Reports on military cantonments and civil stations in the Presidency of Bombay inspected by the Sanitary Commissioner in the years 1875 and 1876
Year: 1875
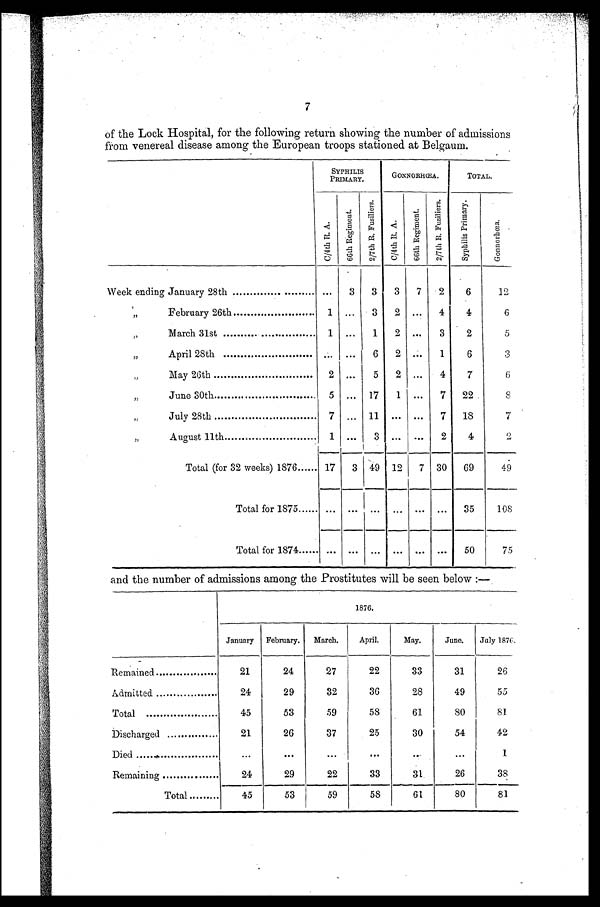
7
of the Lock Hospital, for the following return showing the number of admissions
from venereal disease among the European troops stationed at Belgaum.
SYPHIL
IS
PRIMARY.
GONNORHŒA.
TOTAL.
C/4th R. A.
6 6 t h R e g i m e n t .
2 / 7 t h R . F u s i l i e r s .
C/ 4t h R. A.
6 6 t h R e g i m e n t .
2 / 7 t h R . F u s i l i e r s .
S y p h i l i s P r i m a r y .
Gonnorhœa.
Week ending January 28th
. . .
3
3
3
7
2
6
12
,,
February 26th
1 ... 3 2
...
4
4
6
, ,
March 31st
1
...
1
2
. . .
3
2
5
, ,
April 28th
... ...
6
2 ...
1
6
3
,,
May 26th
2 ...
5
2 ...
4
7
6
, ,
June 30th
5 ...
17
1
...
7
22
8
,,
July 28th
7
...
11
...
...
7
18
7
, ,
August 11th
1
. . .
3
. . .
. . .
2
4
2
Total (for 32 weeks) 1876...... 17
3 49 12
7 30
69
49
Total for 1875............
... ...
...
...
... ...
35
108
Total for 1874......
... ... ... ...
...
. . .
50
75
and the number of admissions among the Prostitutes will be seen below :—
1876.
January
February.
March.
April.
May.
June.
July 1876,
Remained
21
24
27
22
33
31
26
Admitted.............
24
29
32
36
28
49
55
Total ................
45
53
59
58
61
80
81
Discharged . . . . . . . . . . . . . .
21
26
37
25
30
54
42
Died........................
. . .
. . .
. . .
. . .
. . .
. . .
1
Remaining ..............
24
29
22
33
31
26
38
Total..........
45
53
59
58
61
80
81